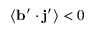
\langle { { \bf { b } } ^ { \prime } \cdot { \bf { j } } ^ { \prime } } \rangle < 0